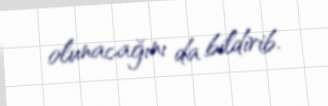
olunacağını da bildirib.